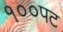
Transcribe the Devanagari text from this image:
१००पट